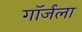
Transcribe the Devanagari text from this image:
गॉर्जला